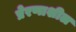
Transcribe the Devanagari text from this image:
प्रेरणाशील